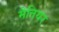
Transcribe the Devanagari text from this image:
मैतियर